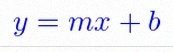
y=mx+b